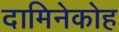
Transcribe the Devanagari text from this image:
दामिनेकोह